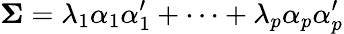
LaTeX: \mathbf{\Sigma}=\lambda_{1}\alpha_{1}\alpha_{1}^{\prime}+\cdots+\lambda_{p}\alpha_{p}\alpha_{p}^{\prime}